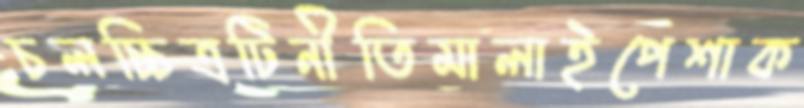
চলচ্চিত্রটিনীতিমালাইপেশাক